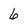
Character: 6